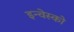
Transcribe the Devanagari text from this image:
इन्वेस्को